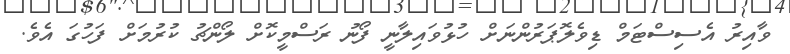
ވާއިރު އެސިސްޓަމް ޑިވެލޮޕަރުންނަށް ހުޅުވައިލާނީ ފޯނު ރަސްމީކޮށް ލޯންޗު ކުރުމަށް ފަހުގަ އެވެ.